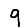
Digit: 9